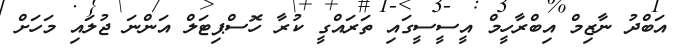
އަބްދު ނާޒިމް އިބްރާހީމް އީސީސީގައި ތަރައްގީ ކުރާ ހޮސްޕިޓަލް އަންނަ ޖުލައި މަަހަށް